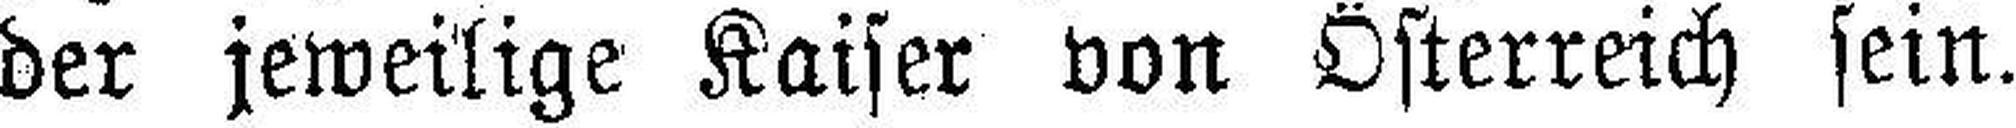
der jeweilige Kaiser von Österreich sein.